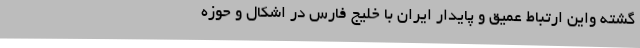
گشته واين ارتباط عميق و پايدار ايران با خليج فارس در اشكال و حوزه